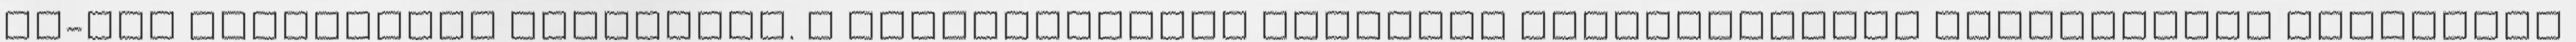
Nm-nyi nyomatékot jelentett. A hatsebességes manuális sebességváltó átalakított rudazatot